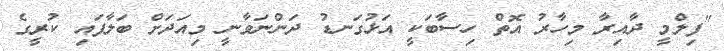
"ފިލްމީ ދާއިރާ މިހާރު އޮތް ހިސާބަކީ އަޅުގަނޑު ދަންނަވާނީ މިއަދަށް ބަލާފައި ކުރީގެ